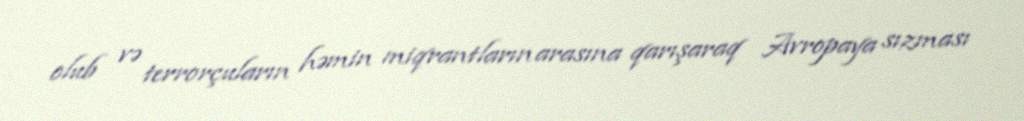
olub və terrorçuların həmin miqrantların arasına qarışaraq Avropaya sızması